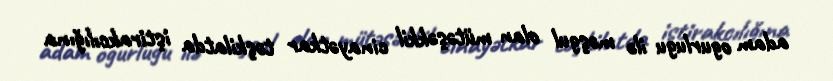
adam ogurlugu ilə məşgul olan mütəşəkkil cinayətkar təşkilatda iştirakcılığına